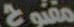
مفتوح